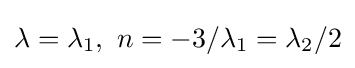
\lambda =\lambda _{1},\ n=-3/\lambda _{1}=\lambda _{2}/2